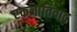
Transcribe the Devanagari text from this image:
एकजातिवाद